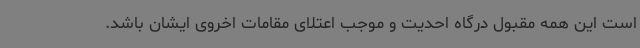
است این همه مقبول درگاه احدیت و موجب اعتلای مقامات اخروی ایشان باشد.